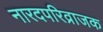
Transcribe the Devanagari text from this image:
नारदपरिव्राजक